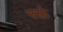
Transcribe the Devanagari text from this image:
रक्तं